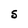
Character: S